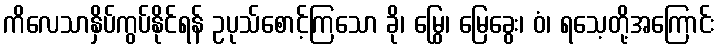
ကိလေသာနှိပ်ကွပ်နိုင်ရန် ဥပုသ်စောင့်ကြသော ခို၊ မြွေ၊ မြေခွေး၊ ဝံ၊ ရသေ့တို့အကြောင်း